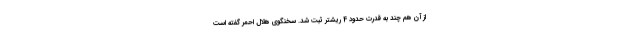
از آن هم چند به قدرت حدود 4 ریشتر ثبت شد. سخنگوی هلال احمر گفته است